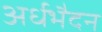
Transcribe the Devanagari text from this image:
अर्धभैदन